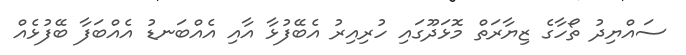
ސައްޔިދު ތޯހާގެ ޒިޔާރަތް މޮޅަދޫގައި ހުރިއިރު އެބޭފުޅާ އާއި އެއްބަނޑު އެއްބަފާ ބޭފުޅެއް